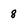
Character: 8